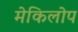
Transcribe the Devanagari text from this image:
मेकिलोप